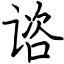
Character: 谘